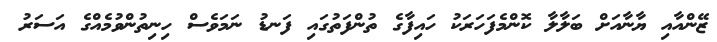
ޒޭންއާއި ޔާނާއަށް ބަލާލާ ކޮންމެފަހަރަކު ހައިފާގެ ތުންފަތުގައި ފަނޑު ނަމަވެސް ހިނިތުންވުމެއްގެ އަސަރު